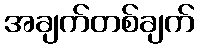
အချက်တစ်ချက်